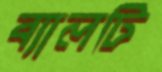
ব্যালটি